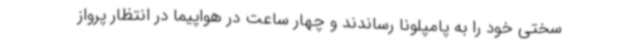
سختی خود را به پامپلونا رساندند و چهار ساعت در هواپیما در انتظار پرواز